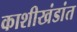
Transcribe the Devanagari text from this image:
काशीखंडांत